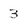
Character: 3